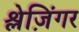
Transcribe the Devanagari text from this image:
श्लेज़िंगर